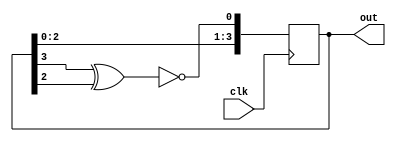
module lfsr_N_1(out, clk);
output reg [3:0] out=5;
input clk;
wire feedback;
assign feedback = ~(out[3] ^ out[2]);
always @(posedge clk)
begin
out = {out[2:0],feedback};
end
endmodule